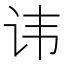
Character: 讳